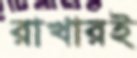
রাখারই